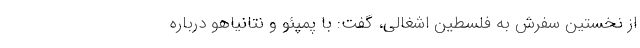
از نخستین سفرش به فلسطین اشغالی، گفت: با پمپئو و نتانیاهو درباره